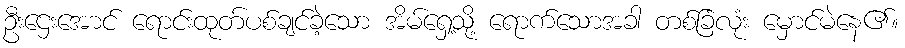
ဦးဌေးအောင် ရောင်းထုတ်ပစ်ချင်ခဲ့သော အိမ်ရှေ့သို့ ရောက်သောအခါ တစ်ခြံလုံး မှောင်မဲနေ၏။